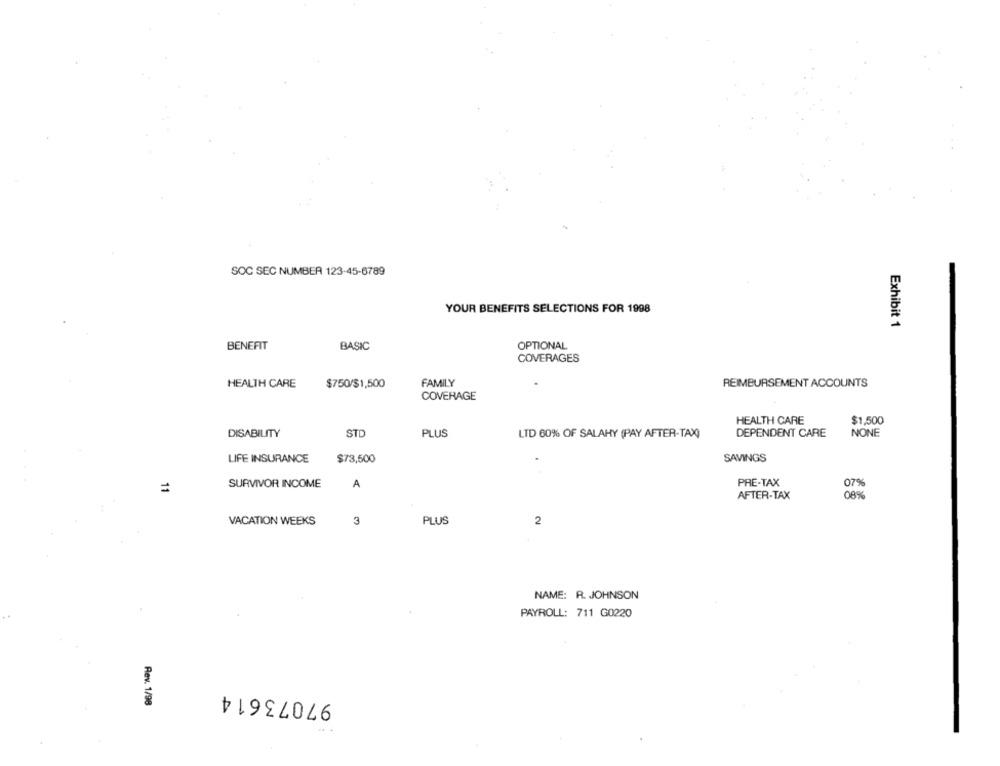
SOC SEC NUMBER 123-45-6789
YOUR BENEFITS SELECTIONS FOR 1998
Exhibit 1
OPTIONAL
BENEAT
BASIC
COVERAGES
HEALTH CARE
$750/$1,500
FAMILY
REIMBURSEMENT ACCOUNTS
COVERAGE
HEALTH CARE
$1,500
DISABILITY
STD
PLUS
LTD 60% OF SALAHY (PAY AFTER-TAX)
DEPENDENT CARE
NONE
LIFE INSURANCE
$73,500
SAVINGS
PRE-TAX
07%
=
SURVIVOR INCOME
A
AFTER-TAX
08%
VACATION WEEKS
3
PLUS
2
NAME: R. JOHNSON
PAYROLL: 711 G0220
97073614
Rev. 1/98